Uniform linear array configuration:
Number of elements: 64
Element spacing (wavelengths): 0.25
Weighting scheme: blackman
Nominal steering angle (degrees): -60
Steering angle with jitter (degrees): -59.516
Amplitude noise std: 0.05
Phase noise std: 0.05

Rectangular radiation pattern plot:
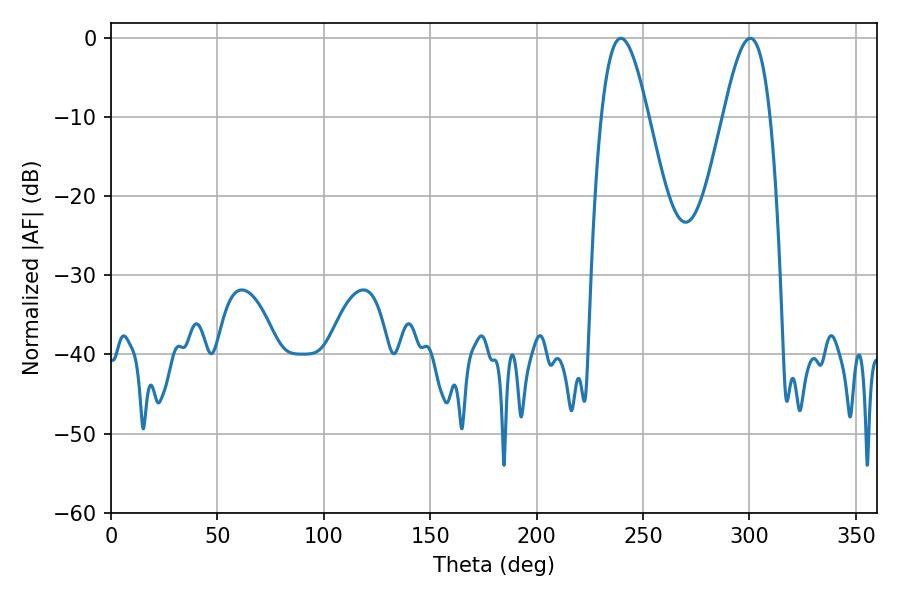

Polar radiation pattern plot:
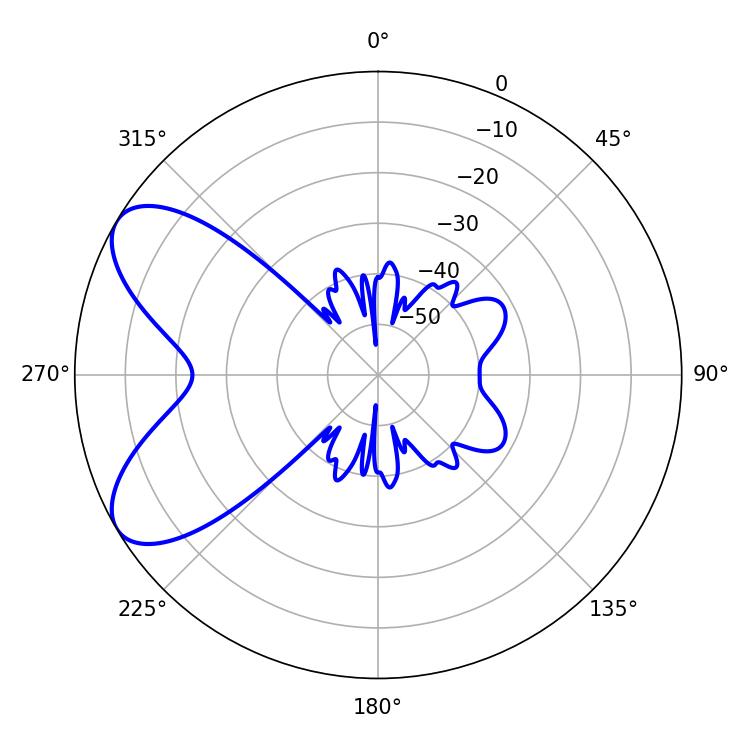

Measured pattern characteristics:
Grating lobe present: FALSE
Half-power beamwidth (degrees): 11.88
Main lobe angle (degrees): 239.58